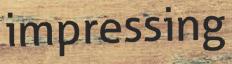
impressing